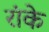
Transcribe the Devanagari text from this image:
रांके